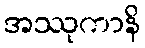
အဿုကာနိ